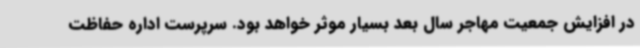
در افزایش جمعیت مهاجر سال بعد بسیار موثر خواهد بود. سرپرست اداره حفاظت